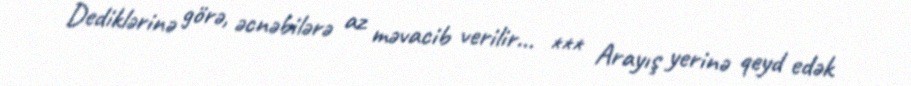
Dediklərinə görə, əcnəbilərə az məvacib verilir... *** Arayış yerinə qeyd edək